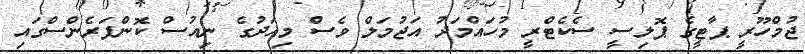
ޖުމްހޫރީ ޕާޓީގެ ޕޮލިސީ ސެކެޓްރީ މުހައްމަދު އަޖުމަލް ވެސް މިއަދުގެ ނިއުސް ކޮންފަރެންސްގައި